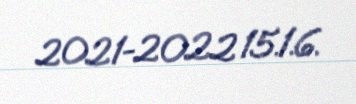
2021-2022 15.1.6.